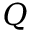
Q